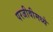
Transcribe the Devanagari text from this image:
परजीवीमध्ये